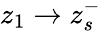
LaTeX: z_{1}\rightarrow z_{s}^{-}